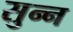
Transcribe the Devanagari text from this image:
सुन्‍न